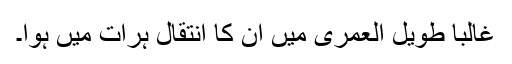
غالباً طویل العمری میں اُن کا اِنتقال ہرات میں ہوا۔